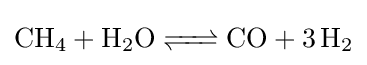
{\ce {CH4 + H2O <=> CO + 3 H2}}